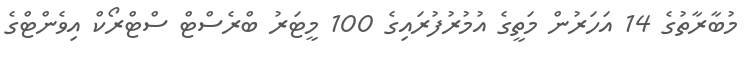
މުބާރާތުގެ 14 އަހަރުން މަތީގެ އުމުރުފުރައިގެ 100 މީޓަރު ބްރެސްޓް ސްޓްރޯކް އިވެންޓްގެ